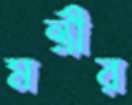
মন্ত্রীর